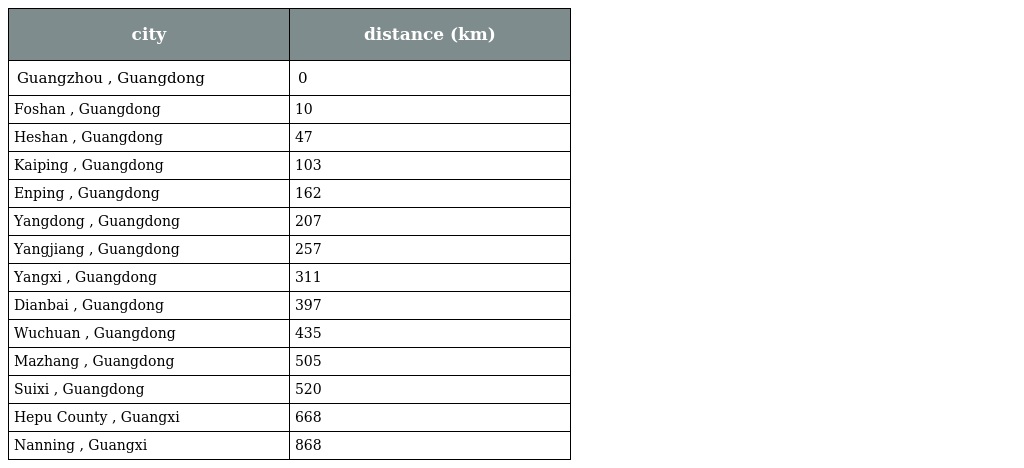
| city | distance (km) |
 | --- | --- |
 | Guangzhou , Guangdong | 0 |
 | Foshan , Guangdong | 10 |
 | Heshan , Guangdong | 47 |
 | Kaiping , Guangdong | 103 |
 | Enping , Guangdong | 162 |
 | Yangdong , Guangdong | 207 |
 | Yangjiang , Guangdong | 257 |
 | Yangxi , Guangdong | 311 |
 | Dianbai , Guangdong | 397 |
 | Wuchuan , Guangdong | 435 |
 | Mazhang , Guangdong | 505 |
 | Suixi , Guangdong | 520 |
 | Hepu County , Guangxi | 668 |
 | Nanning , Guangxi | 868 |